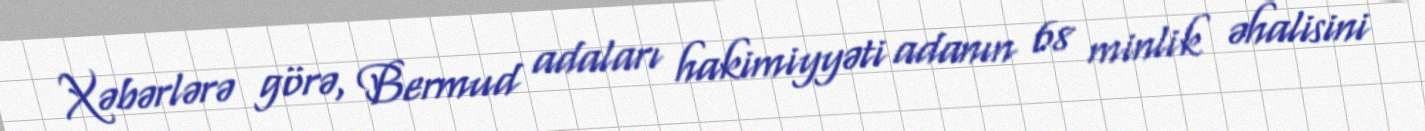
Xəbərlərə görə, Bermud adaları hakimiyyəti adanın 68 minlik əhalisini